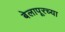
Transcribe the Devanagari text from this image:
बेलापूरच्या